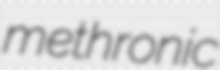
methronic